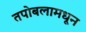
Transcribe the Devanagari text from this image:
तपोबलामधून